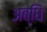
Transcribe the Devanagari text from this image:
अब्धिं